Civil Veterinary Department. Madras. Admin. report 1910-25 - 1910-1925
Year: 1910
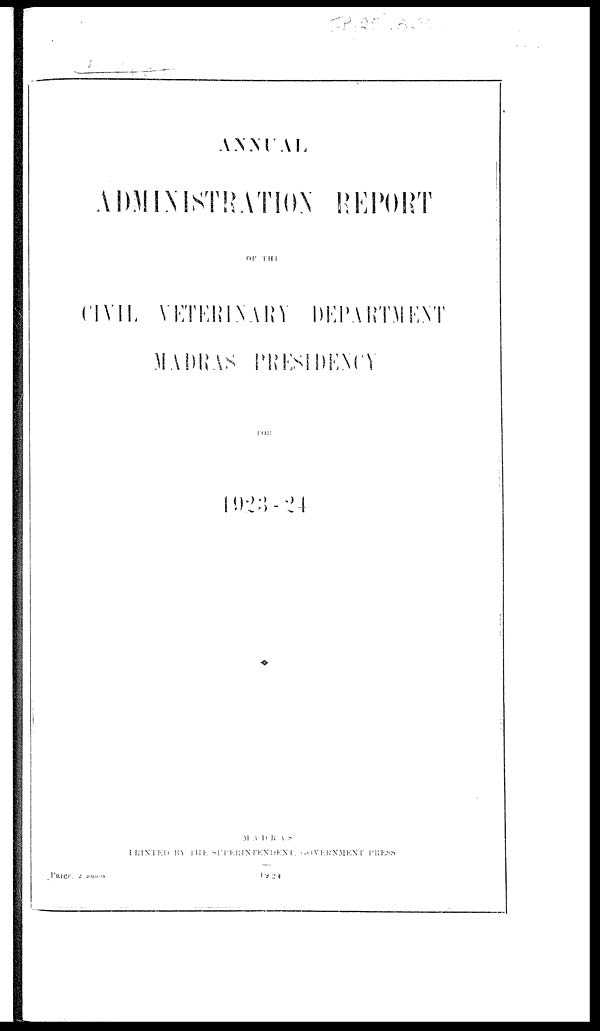
ANNUAL
ADMINISTRATION REPORT
CIVIL,
VETERINARY
DEPARTMENT
MADRAS PRESIDENCY.
FOR
MADRAS
PRINTED BY THE SUPERINTENDENT, GOVERNMENT PRESS
PRICE, 2 annam
1924